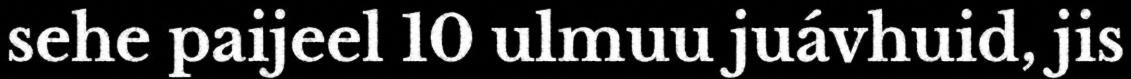
sehe paijeel 10 ulmuu juávhuid, jis